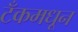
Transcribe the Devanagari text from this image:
टँकमधून